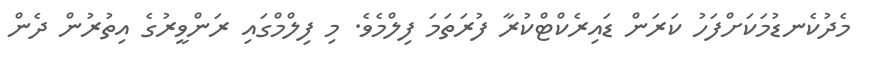
މެދުކެނޑުމަކަށްފަހު ކަރަން ޑައިރެކްޓްކުރާ ފުރަތަމަ ފިލްމެވެ. މި ފިލްމްގައި ރަންވީރުގެ އިތުރުން ދެން